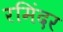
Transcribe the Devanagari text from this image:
रमिंदर